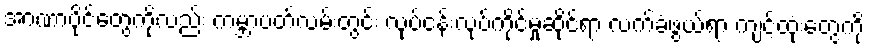
အာဏာပိုင်တွေကိုလည်း ကမ္ဘာပတ်လမ်းတွင်း လုပ်ငန်းလုပ်ကိုင်မှုဆိုင်ရာ လက်ခံဖွယ်ရာ ကျင့်ထုံးတွေကို